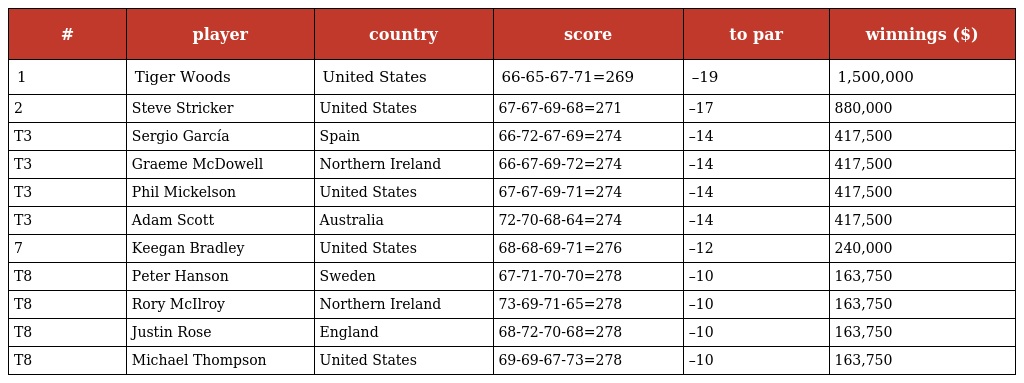
| # | player | country | score | to par | winnings ($) |
 | --- | --- | --- | --- | --- | --- |
 | 1 | Tiger Woods | United States | 66-65-67-71=269 | –19 | 1,500,000 |
 | 2 | Steve Stricker | United States | 67-67-69-68=271 | –17 | 880,000 |
 | T3 | Sergio García | Spain | 66-72-67-69=274 | –14 | 417,500 |
 | T3 | Graeme McDowell | Northern Ireland | 66-67-69-72=274 | –14 | 417,500 |
 | T3 | Phil Mickelson | United States | 67-67-69-71=274 | –14 | 417,500 |
 | T3 | Adam Scott | Australia | 72-70-68-64=274 | –14 | 417,500 |
 | 7 | Keegan Bradley | United States | 68-68-69-71=276 | –12 | 240,000 |
 | T8 | Peter Hanson | Sweden | 67-71-70-70=278 | –10 | 163,750 |
 | T8 | Rory McIlroy | Northern Ireland | 73-69-71-65=278 | –10 | 163,750 |
 | T8 | Justin Rose | England | 68-72-70-68=278 | –10 | 163,750 |
 | T8 | Michael Thompson | United States | 69-69-67-73=278 | –10 | 163,750 |